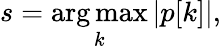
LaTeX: s=\underset{k}{\mathrm{arg\, max}}\, |p[k]|,